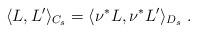
LaTeX: \begin{align*} \langle L, L^\prime \rangle_{C_s} = \langle \nu^*L, \nu^*L^\prime \rangle_{D_s}\ .\end{align*}